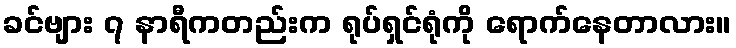
ခင်ဗျား ၇ နာရီကတည်းက ရုပ်ရှင်ရုံကို ရောက်နေတာလား။